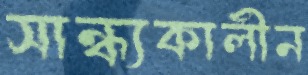
সান্ধ্যকালীন